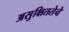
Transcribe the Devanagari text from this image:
असुक्षिततेचे